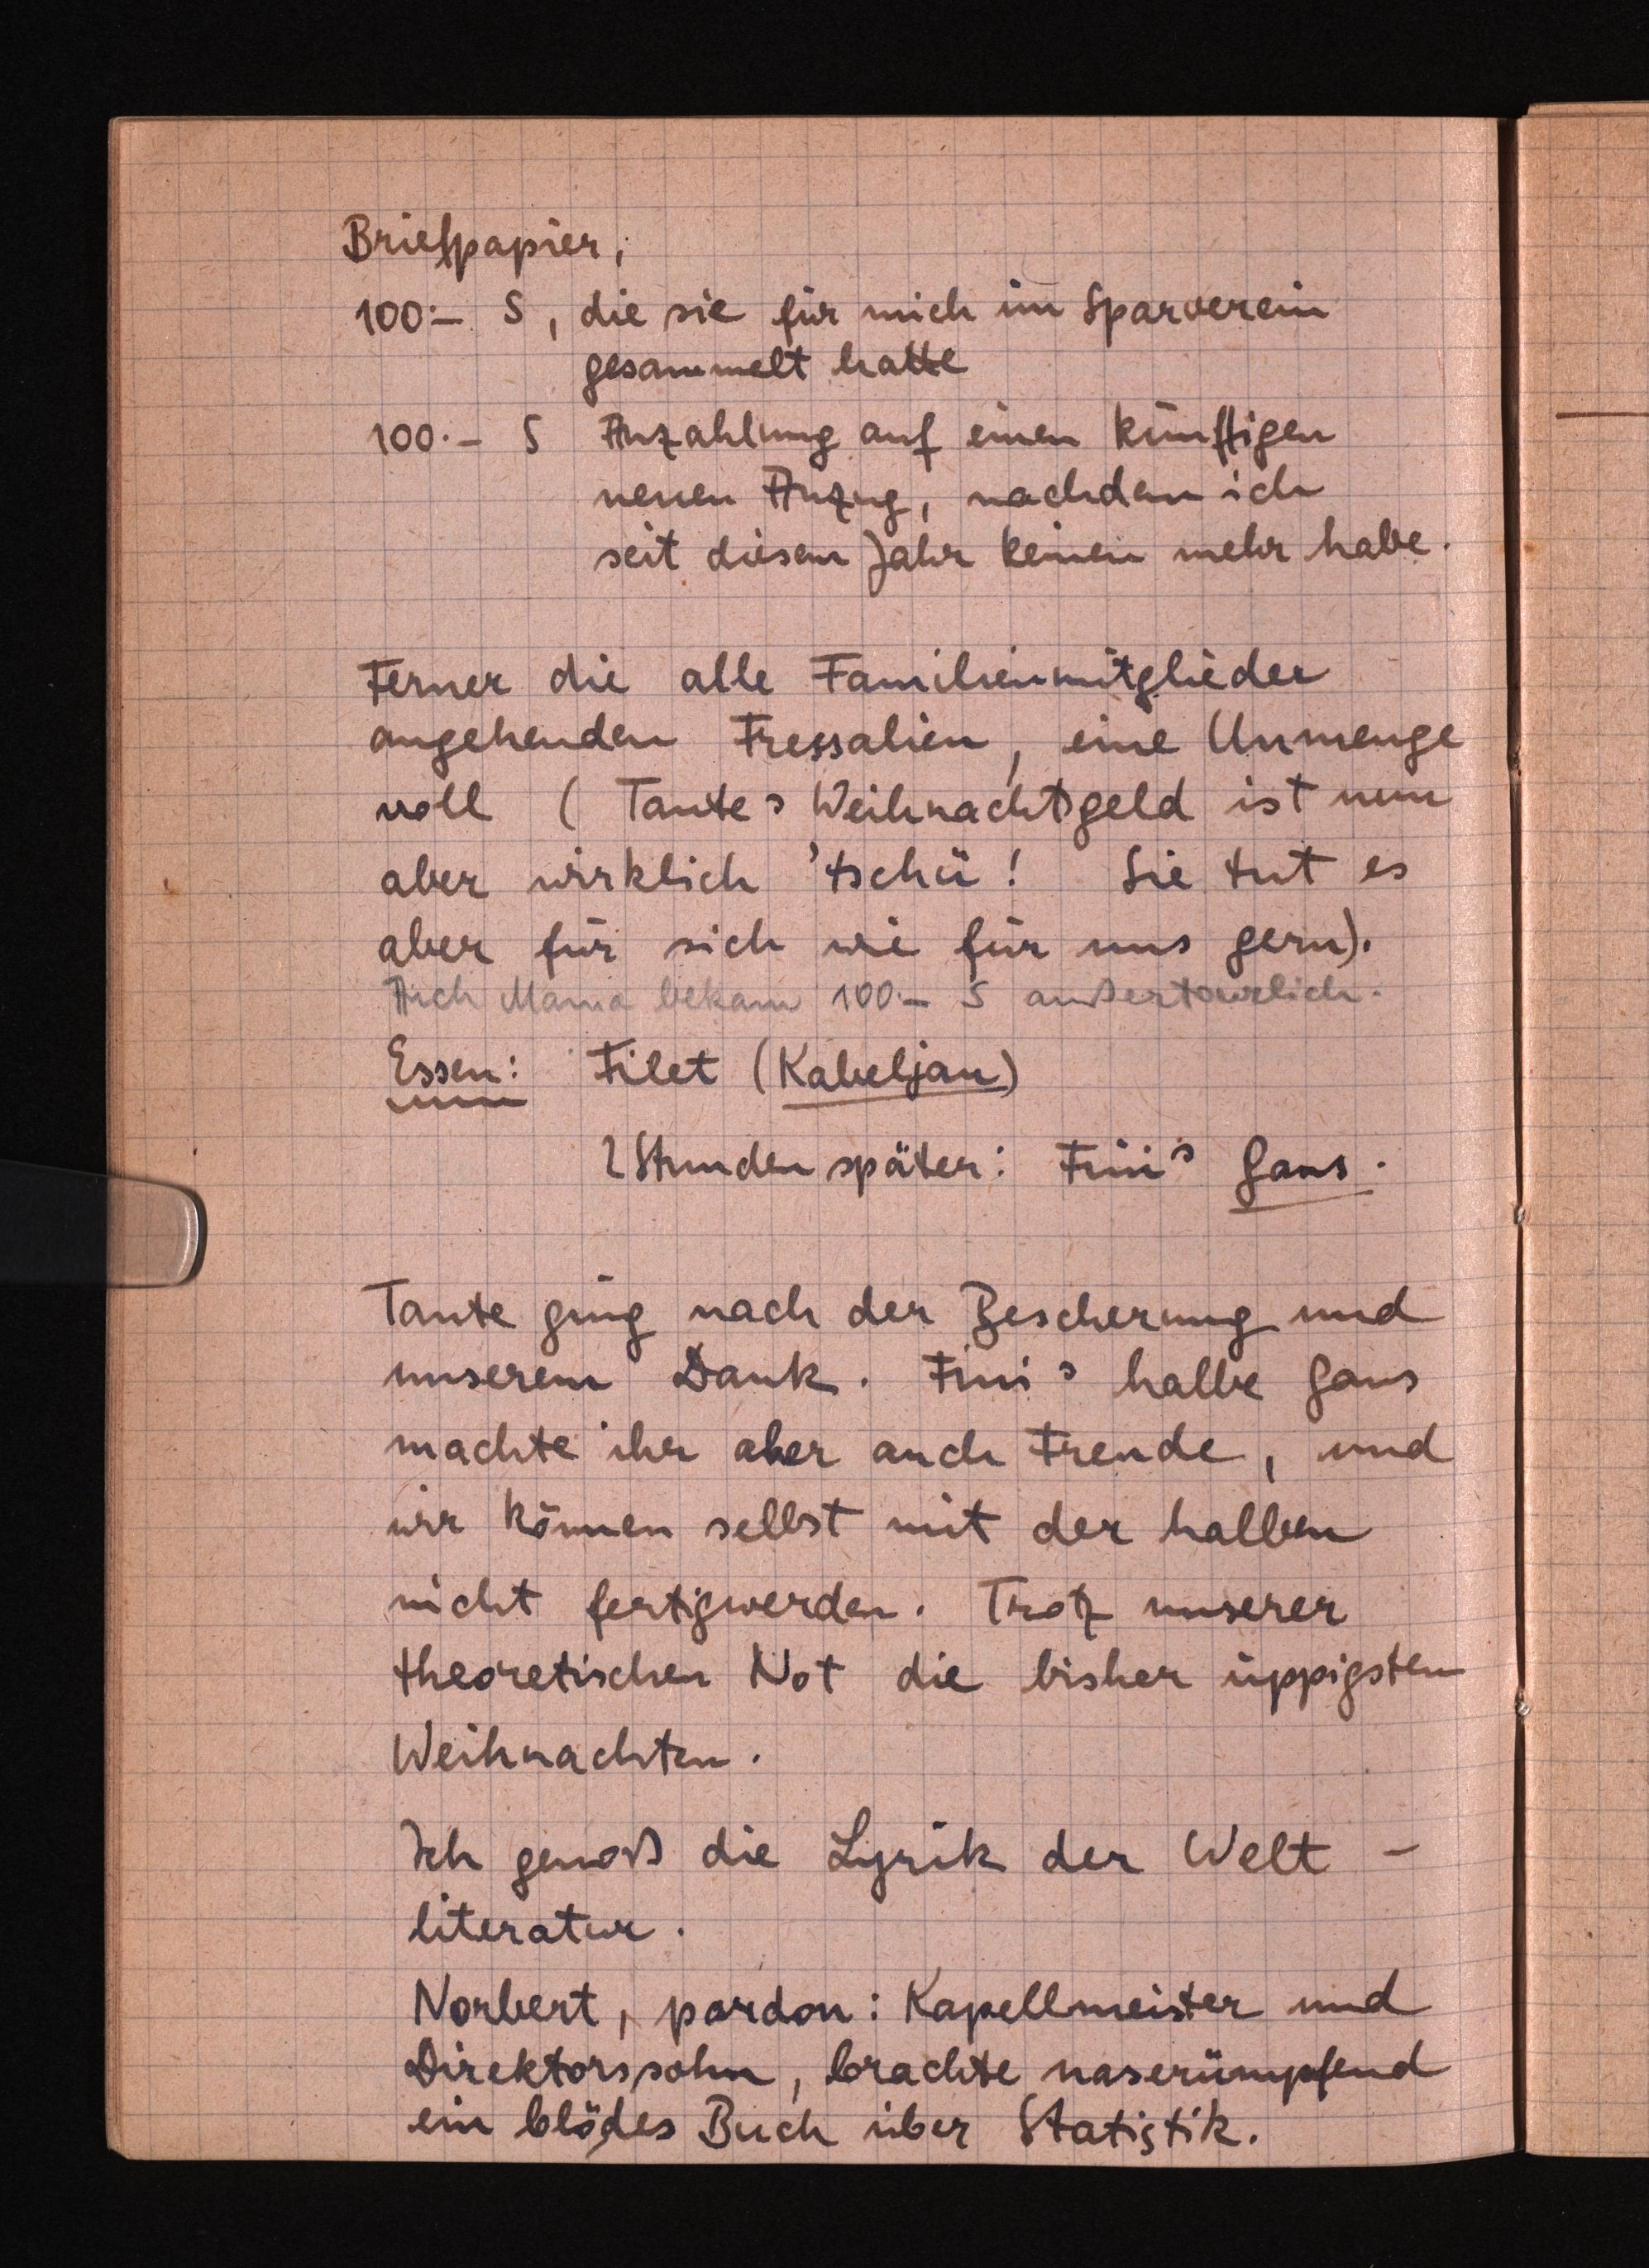
Briefpapier,
100.- S, die sie für mich im Sparverein
gesammelt hatte
100.- S Anzahlung auf einen künftigen
neuen Anzug, nachdem ich
seitdiesem Jahr keinen mehr habe.
Ferner die alle Familienmitglieder
angehenden Fressalien, eine Unmenge
voll (Tantes Weihnachtsgeld ist nun
aberwirklich 'tschü! Sie tut es
aber für sich wie für uns gern).
Auch Mama bekam 100.- S außertourlich.
Essen: Filet (Kabeljau)
2 Stunden später: FinisGans.
Tante ging nach der Bescherung und
unserem Dank. Finis halbe Gans
machte ihr aber auch Freude, und
wir könnenselbst mit der halben
nicht fertigwerden. Trotz unserer
theoretischenNot die bisher üppigsten
Weihnachten.
Ich genoß die Lyrik der Welt¬
literatur.
Norbert, pardon: Kapellmeister und
Direktorssohn, brachte naserümpfend
ein blödes Buch über Statistik.